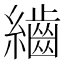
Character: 𮉕